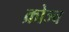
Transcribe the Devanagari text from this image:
क्रोञ्च